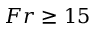
F r \geq 1 5